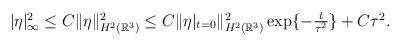
LaTeX: \begin{align*}\begin{array}{ll}|\eta|_{\infty}^2\leq C\|\eta\|_{H^2(\mathbb{R}^3)}^2\leq C\|\eta|_{t=0}\|_{H^2(\mathbb{R}^3)}^2\exp\{-\frac{t}{\tau^2}\}+C\tau^2.\end{array}\end{align*}